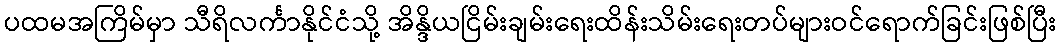
ပထမအကြိမ်မှာ သီရိလင်္ကာနိုင်ငံသို့ အိန္ဒိယငြိမ်းချမ်းရေးထိန်းသိမ်းရေးတပ်များဝင်ရောက်ခြင်းဖြစ်ပြီး